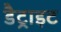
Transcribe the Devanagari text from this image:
डैट्राइट